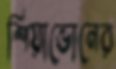
শিয়াভোনের